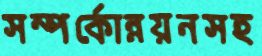
সম্পর্কোন্নয়নসহ